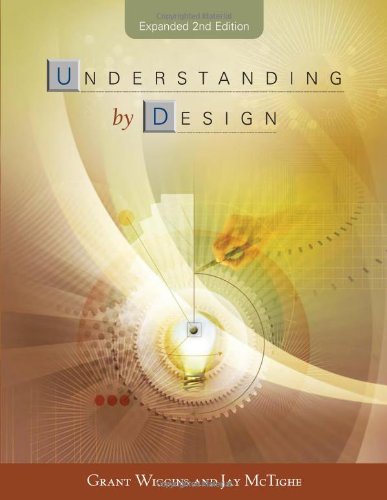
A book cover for Understanding By Design; Grant Wiggins; Science & Math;